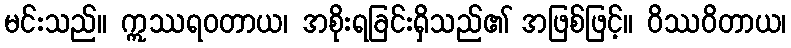
မင်းသည်။ ဣဿရဝတာယ၊ အစိုးရခြင်းရှိသည်၏ အဖြစ်ဖြင့်။ ဝိဿဝိတာယ၊